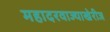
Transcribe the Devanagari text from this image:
महादरवाज्याखेरीज